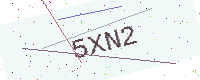
Text: 5XN2